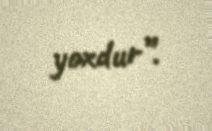
yoxdur”.